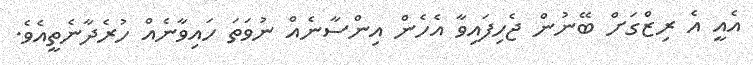
އެއީ އެ ރިޒްގަށް ބޭނުން ޖެހިފައިވާ އެހެން އިންސާނެއް ނުވަތަ ހައިވާނެއް ހުރެދާނެތީއެވެ.